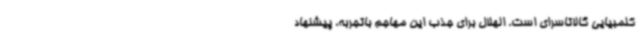
کلمبیایی گالاتاسرای است. الهلال برای جذب این مهاجم باتجربه، پیشنهاد